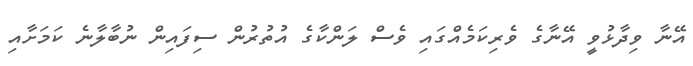
އޭނާ ވިދާޅުވީ އޭނާގެ ވެރިކަމެއްގައި ވެސް ލަންކާގެ އުތުރުން ސިފައިން ނުބާލާނެ ކަމަށާއި